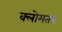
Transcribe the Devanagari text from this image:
क्लोमतंत्र